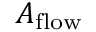
A _ { \mathrm { f l o w } }